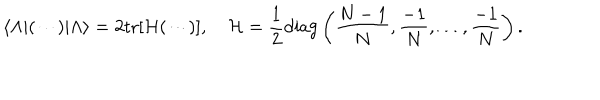
\langle \Lambda | ( \cdots ) | \Lambda \rangle = 2 \mathrm { t r } [ { \cal H } ( \cdots ) ] , \quad { \cal H } = { \frac { 1 } { 2 } } \mathrm { d i a g } \left( { \frac { N - 1 } { N } } , { \frac { - 1 } { N } } , \ldots , { \frac { - 1 } { N } } \right) .